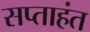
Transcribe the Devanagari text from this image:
सप्‍ताहंत